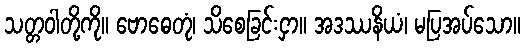
သတ္တဝါတို့ကို။ ဗောဓေတုံ၊ သိစေခြင်းငှာ။ အဒဿနိယံ၊ မပြအပ်သော။